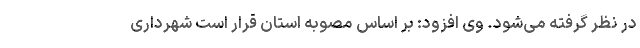
در نظر گرفته می‌شود. وی افزود: بر اساس مصوبه استان قرار است شهرداری